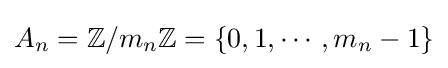
A_{n}=\mathbb {Z} /m_{n}\mathbb {Z} =\{0,1,\cdots ,m_{n}-1\}